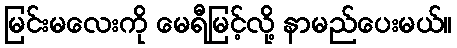
မြင်းမလေးကို မေရီမြင့်လို့ နာမည်ပေးမယ်။